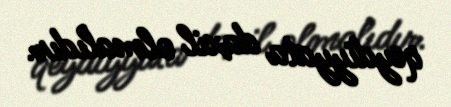
qeydiyyata daxil olmalıdır.